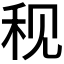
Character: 𫀨